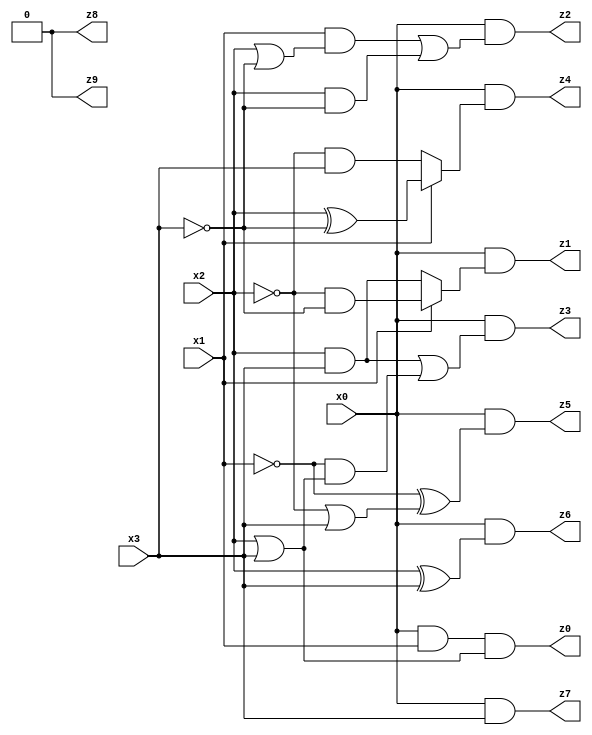
// Benchmark "mult_1x3_108" written by ABC on Fri Dec 09 22:18:41 2022

module mult_1x3_108 ( 
    x0, x1, x2, x3,
    z0, z1, z2, z3, z4, z5, z6, z7, z8, z9  );
  input  x0, x1, x2, x3;
  output z0, z1, z2, z3, z4, z5, z6, z7, z8, z9;
  assign z8 = 1'b0;
  assign z0 = x0 & x1 & (x2 | x3);
  assign z1 = x0 & (x1 ? (~x2 & ~x3) : (x2 & x3));
  assign z2 = x0 & ((x1 & (x2 | ~x3)) | (x2 & ~x3));
  assign z3 = x0 & ((x2 & x3) | (~x1 & (x2 | x3)));
  assign z4 = x0 & (x1 ? (x2 ^ ~x3) : (~x2 & x3));
  assign z5 = x0 & (~x1 ^ (~x2 | x3));
  assign z6 = x0 & (x2 ^ x3);
  assign z7 = x0 & x3;
  assign z9 = z8;
endmodule